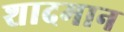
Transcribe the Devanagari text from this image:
शादमान